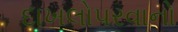
દાખલોપરવાનો